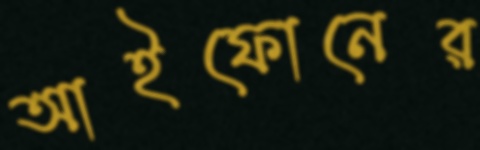
আইফোনের